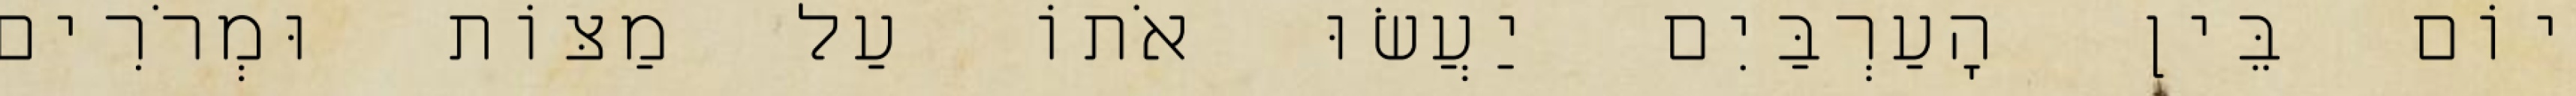
יוֹם בֵּין הָעַרְבַּיִם יַעֲשׂוּ אֹתוֹ עַל מַצּוֹת וּמְרֹרִים